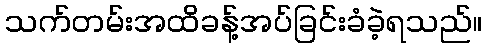
သက်တမ်းအထိခန့်အပ်ခြင်းခံခဲ့ရသည်။